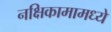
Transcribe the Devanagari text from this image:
नक्षिकामामध्ये